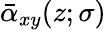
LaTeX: \bar{\alpha}_{xy}(z;\sigma)